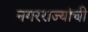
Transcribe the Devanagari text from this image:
नगरराज्यांची